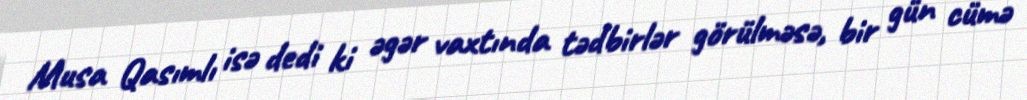
Musa Qasımlı isə dedi ki əgər vaxtında tədbirlər görülməsə, bir gün cümə